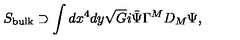
S _ { \mathrm { b u l k } } \supset \int d x ^ { 4 } d y \sqrt { G } i \bar { \Psi } \Gamma ^ { M } D _ { M } \Psi ,